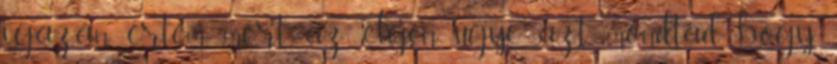
igazán értem mert az elején ugye azt mondtad hogy